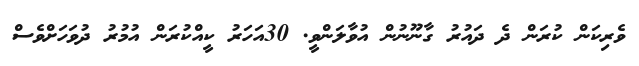
ވެރިކަން ކުރަން ދެ ދައުރު ގާނޫނުން އުވާލަންވީ. 30އަހަރު ކީއްކުރަން އުމުރު ދުވަހަށްވެސް